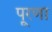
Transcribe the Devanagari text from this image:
पूरणा